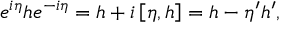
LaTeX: e ^ { i \eta } h e ^ { - i \eta } = h + i \left[ \eta , h \right] = h - \eta ^ { \prime } h ^ { \prime } ,